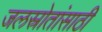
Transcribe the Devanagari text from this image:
जलस्रोतांसाठी